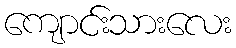
ကျောင်းသားလေး